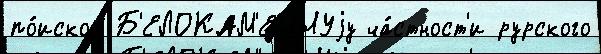
по́иском Б'ЕЛОКАМ'ЕННУjу ча́стност'и рурского